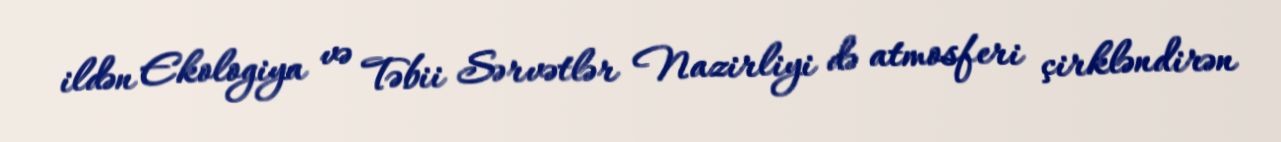
ildən Ekologiya və Təbii Sərvətlər Nazirliyi də atmosferi çirkləndirən